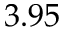
3 . 9 5